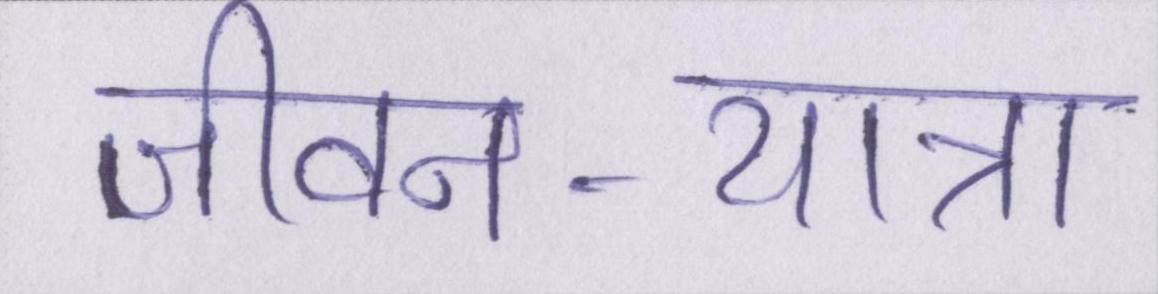
जीवन-यात्रा